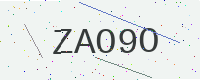
Text: ZAO9O